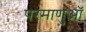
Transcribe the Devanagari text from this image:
परमाणुऑ